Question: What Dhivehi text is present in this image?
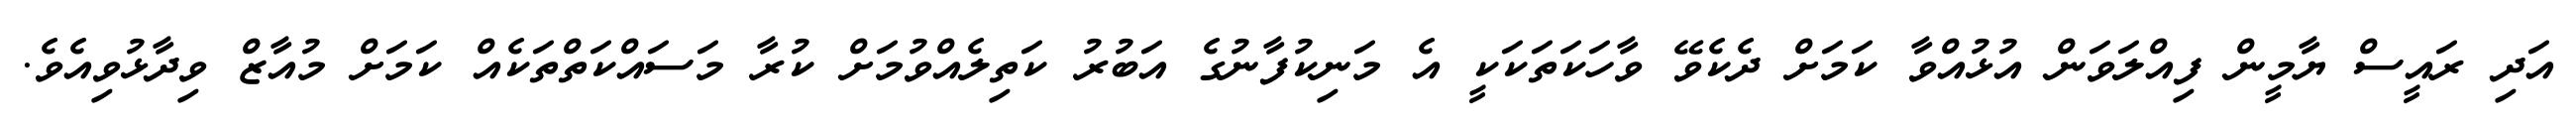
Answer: އަދި ރައީސް ޔާމީން ފިއްލަވަން އުޅުއްވާ ކަމަށް ދެކެވޭ ވާހަކަތަކަކީ އެ މަނިކުފާނުގެ އަބުރު ކަތިލެއްވުމަށް ކުރާ މަސައްކަތްތަކެއް ކަމަށް މުއާޒް ވިދާޅުވިއެވެ.